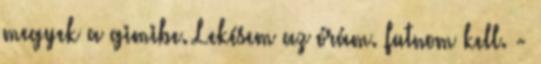
megyek a gimibe. Lekésem az órám. futnom kell. -